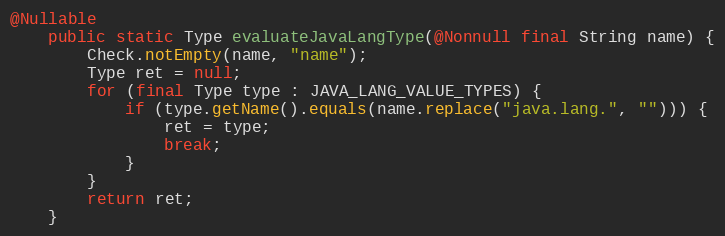
Language: Java
@Nullable
	public static Type evaluateJavaLangType(@Nonnull final String name) {
		Check.notEmpty(name, "name");
		Type ret = null;
		for (final Type type : JAVA_LANG_VALUE_TYPES) {
			if (type.getName().equals(name.replace("java.lang.", ""))) {
				ret = type;
				break;
			}
		}
		return ret;
	}